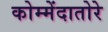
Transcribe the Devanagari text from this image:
कोम्मेंदातोरे